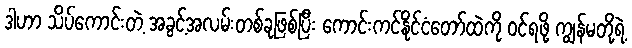
ဒါဟာ သိပ်ကောင်းတဲ့ အခွင့်အလမ်းတစ်ခုဖြစ်ပြီး ကောင်းကင်နိုင်ငံတော်ထဲကို ဝင်ရဖို့ ကျွန်မတို့ရဲ့